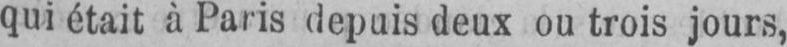
qui était à Paris depuis deux ou trois jours,